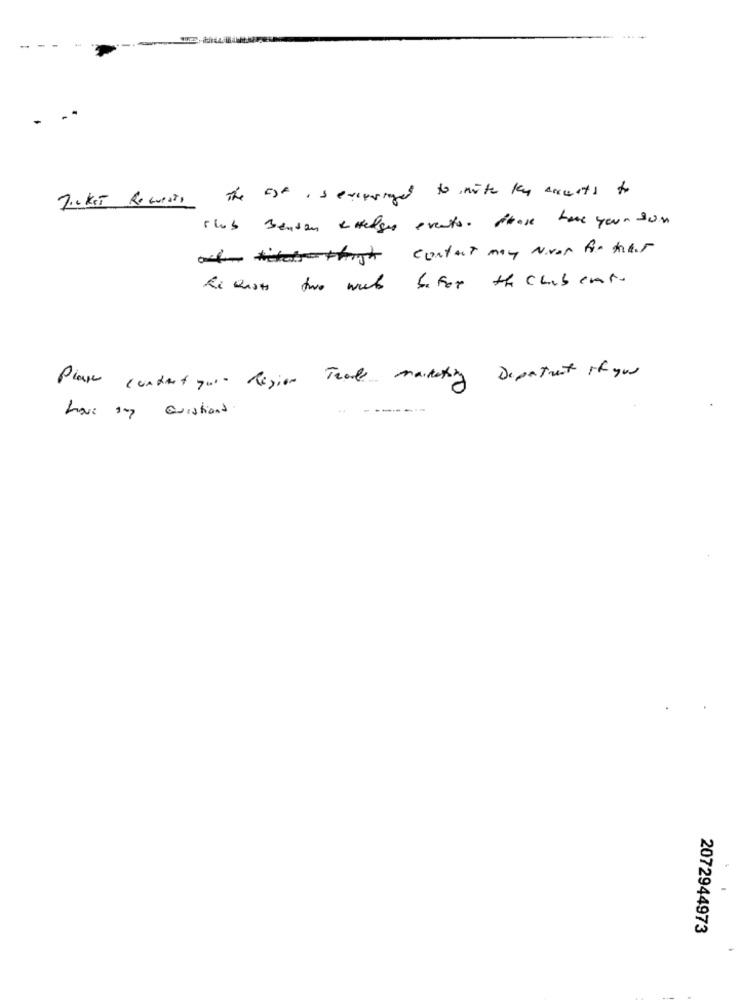
- -
Ticket Requests The Estasevoustaged to mite ky accounts to
club Benson enelque events. frase taxe your son
och titatthigh contact may Nvon for hair
he ousts two weeks before the chabert.
Please contact your Region Trade marketing Department if you
have any Questions.
2072944973